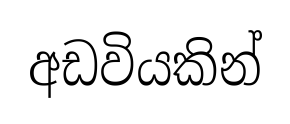
අඩවියකින්